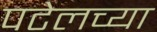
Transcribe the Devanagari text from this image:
पटेलच्या